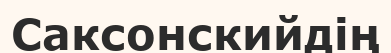
Саксонскийдің